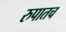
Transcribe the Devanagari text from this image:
रुपातच